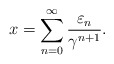
\begin{align*}x=\sum_{n=0}^\infty\frac{\varepsilon_n}{\gamma^{n+1}}.\end{align*}